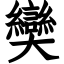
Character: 奱